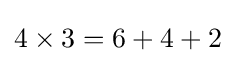
4\times 3=6+4+2